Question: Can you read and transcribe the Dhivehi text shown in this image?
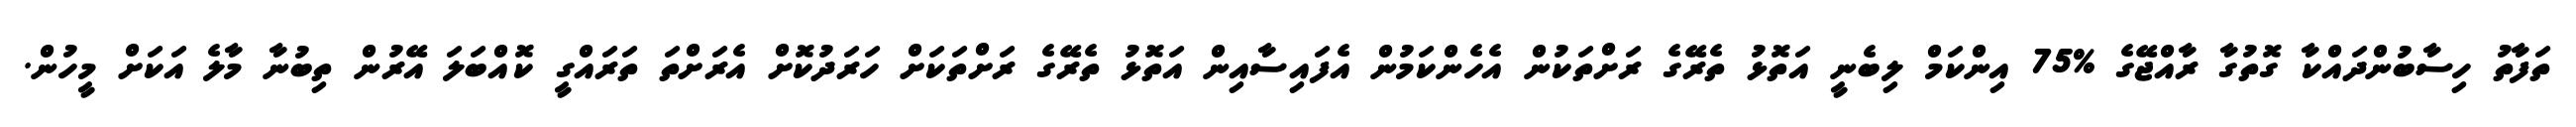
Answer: ތަފާތު ހިސާބުންދައްކާ ގޮތުގާ ރާއްޖޭގެ %75 އިންކަމް ލިބެނީ އަތޮޅު ތެރޭގެ ރަށްތަކުން އެހެންކަމުން އެފައިސާއިން އަތޮޅު ތެރޭގެ ރަށްތަކަށް ހަރަދުކޮށް އެރަށްތަ ތަރައްގީ ކޮއްބަލަ އޭރުން ތިބުނާ މާލެ އަކަށް މީހުން.